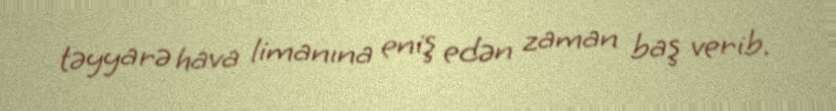
təyyarə hava limanına eniş edən zaman baş verib.